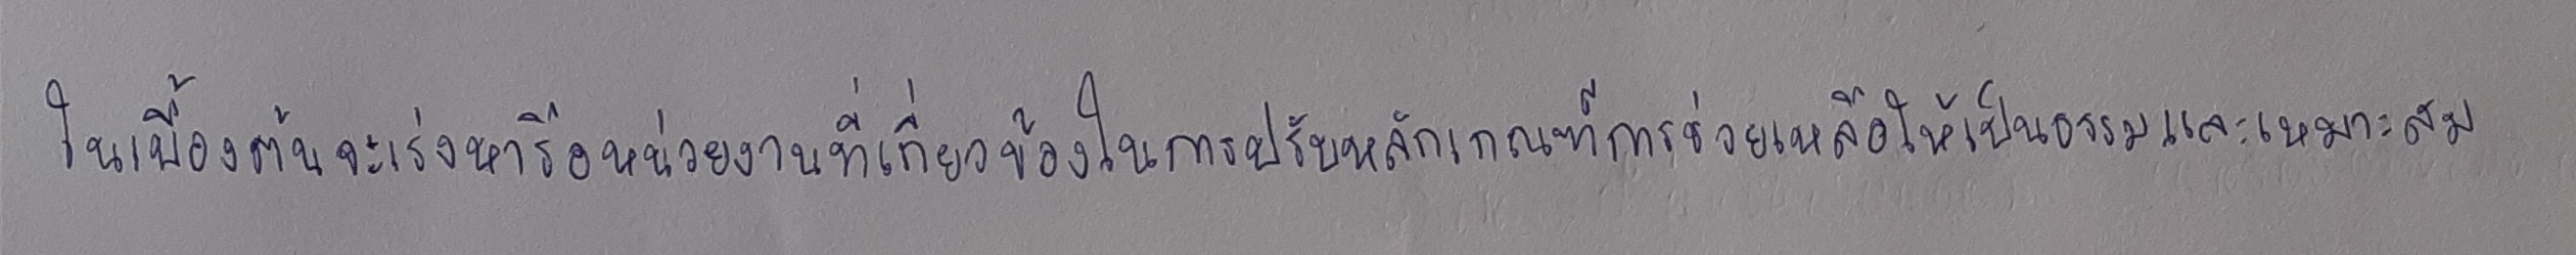
ในเบื้องต้นจะเร่งหารือหน่วยงานที่เกี่ยวข้องในการปรับหลักเกณฑ์การช่วยเหลือให้เป็นธรรมและเหมาะสม